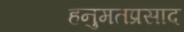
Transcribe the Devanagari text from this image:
हनुमतप्रसाद